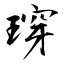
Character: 瑏